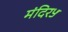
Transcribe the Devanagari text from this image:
मंदिर५